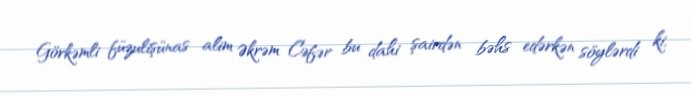
Görkəmli füzulişünas alim Əkrəm Cəfər bu dahi şairdən bəhs edərkən söylərdi ki,